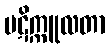
ပဋိက္ကူလတာ